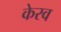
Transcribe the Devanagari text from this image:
केरव